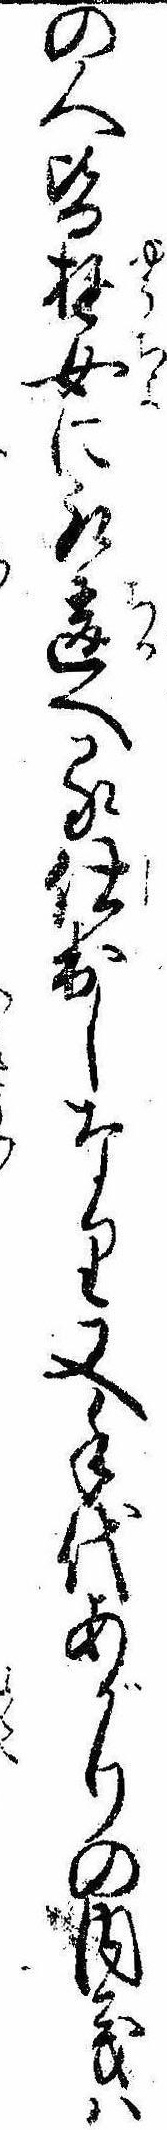
の人皆遊女に取違へる仕出しなり又手代あがりの内義は